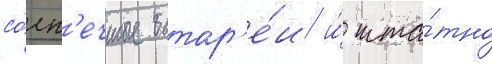
со́лн'ечные батар'е́и и́ шта́тно